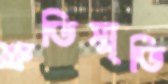
শ্রুতিস্মৃতি